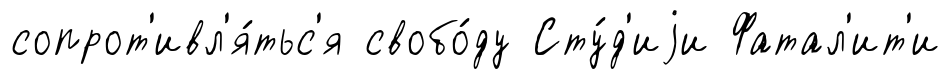
сопрот'ивл'я́тьс'я свобо́ду Сту́д'иjи Фатал'ит'и